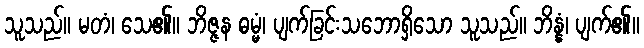
သူသည်။ မတံ၊ သေ၏။ ဘိဇ္ဇန ဓမ္မံ၊ ပျက်ခြင်းသဘောရှိသော သူသည်။ ဘိန္နံ၊ ပျက်၏။